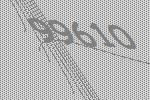
99610